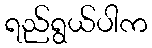
ရည်ရွယ်ပါက